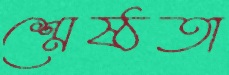
শ্রেষ্ঠতা